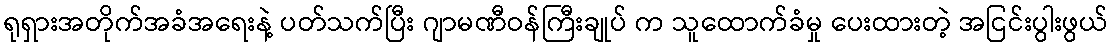
ရုရှားအတိုက်အခံအရေးနဲ့ ပတ်သက်ပြီး ဂျာမဏီဝန်ကြီးချုပ် က သူထောက်ခံမှု ပေးထားတဲ့ အငြင်းပွါးဖွယ်